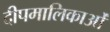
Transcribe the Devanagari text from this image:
दीपमालिकाओं